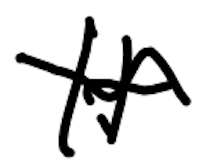
Text: It
Cross-out: wave
Writing tool: digital_black